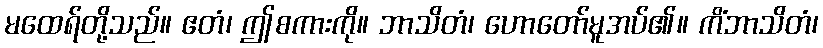
မထေရ်တို့သည်။ ဧတံ၊ ဤစကားကို။ ဘာသိတံ၊ ဟောတော်မူအပ်၏။ ကိံဘာသိတံ၊